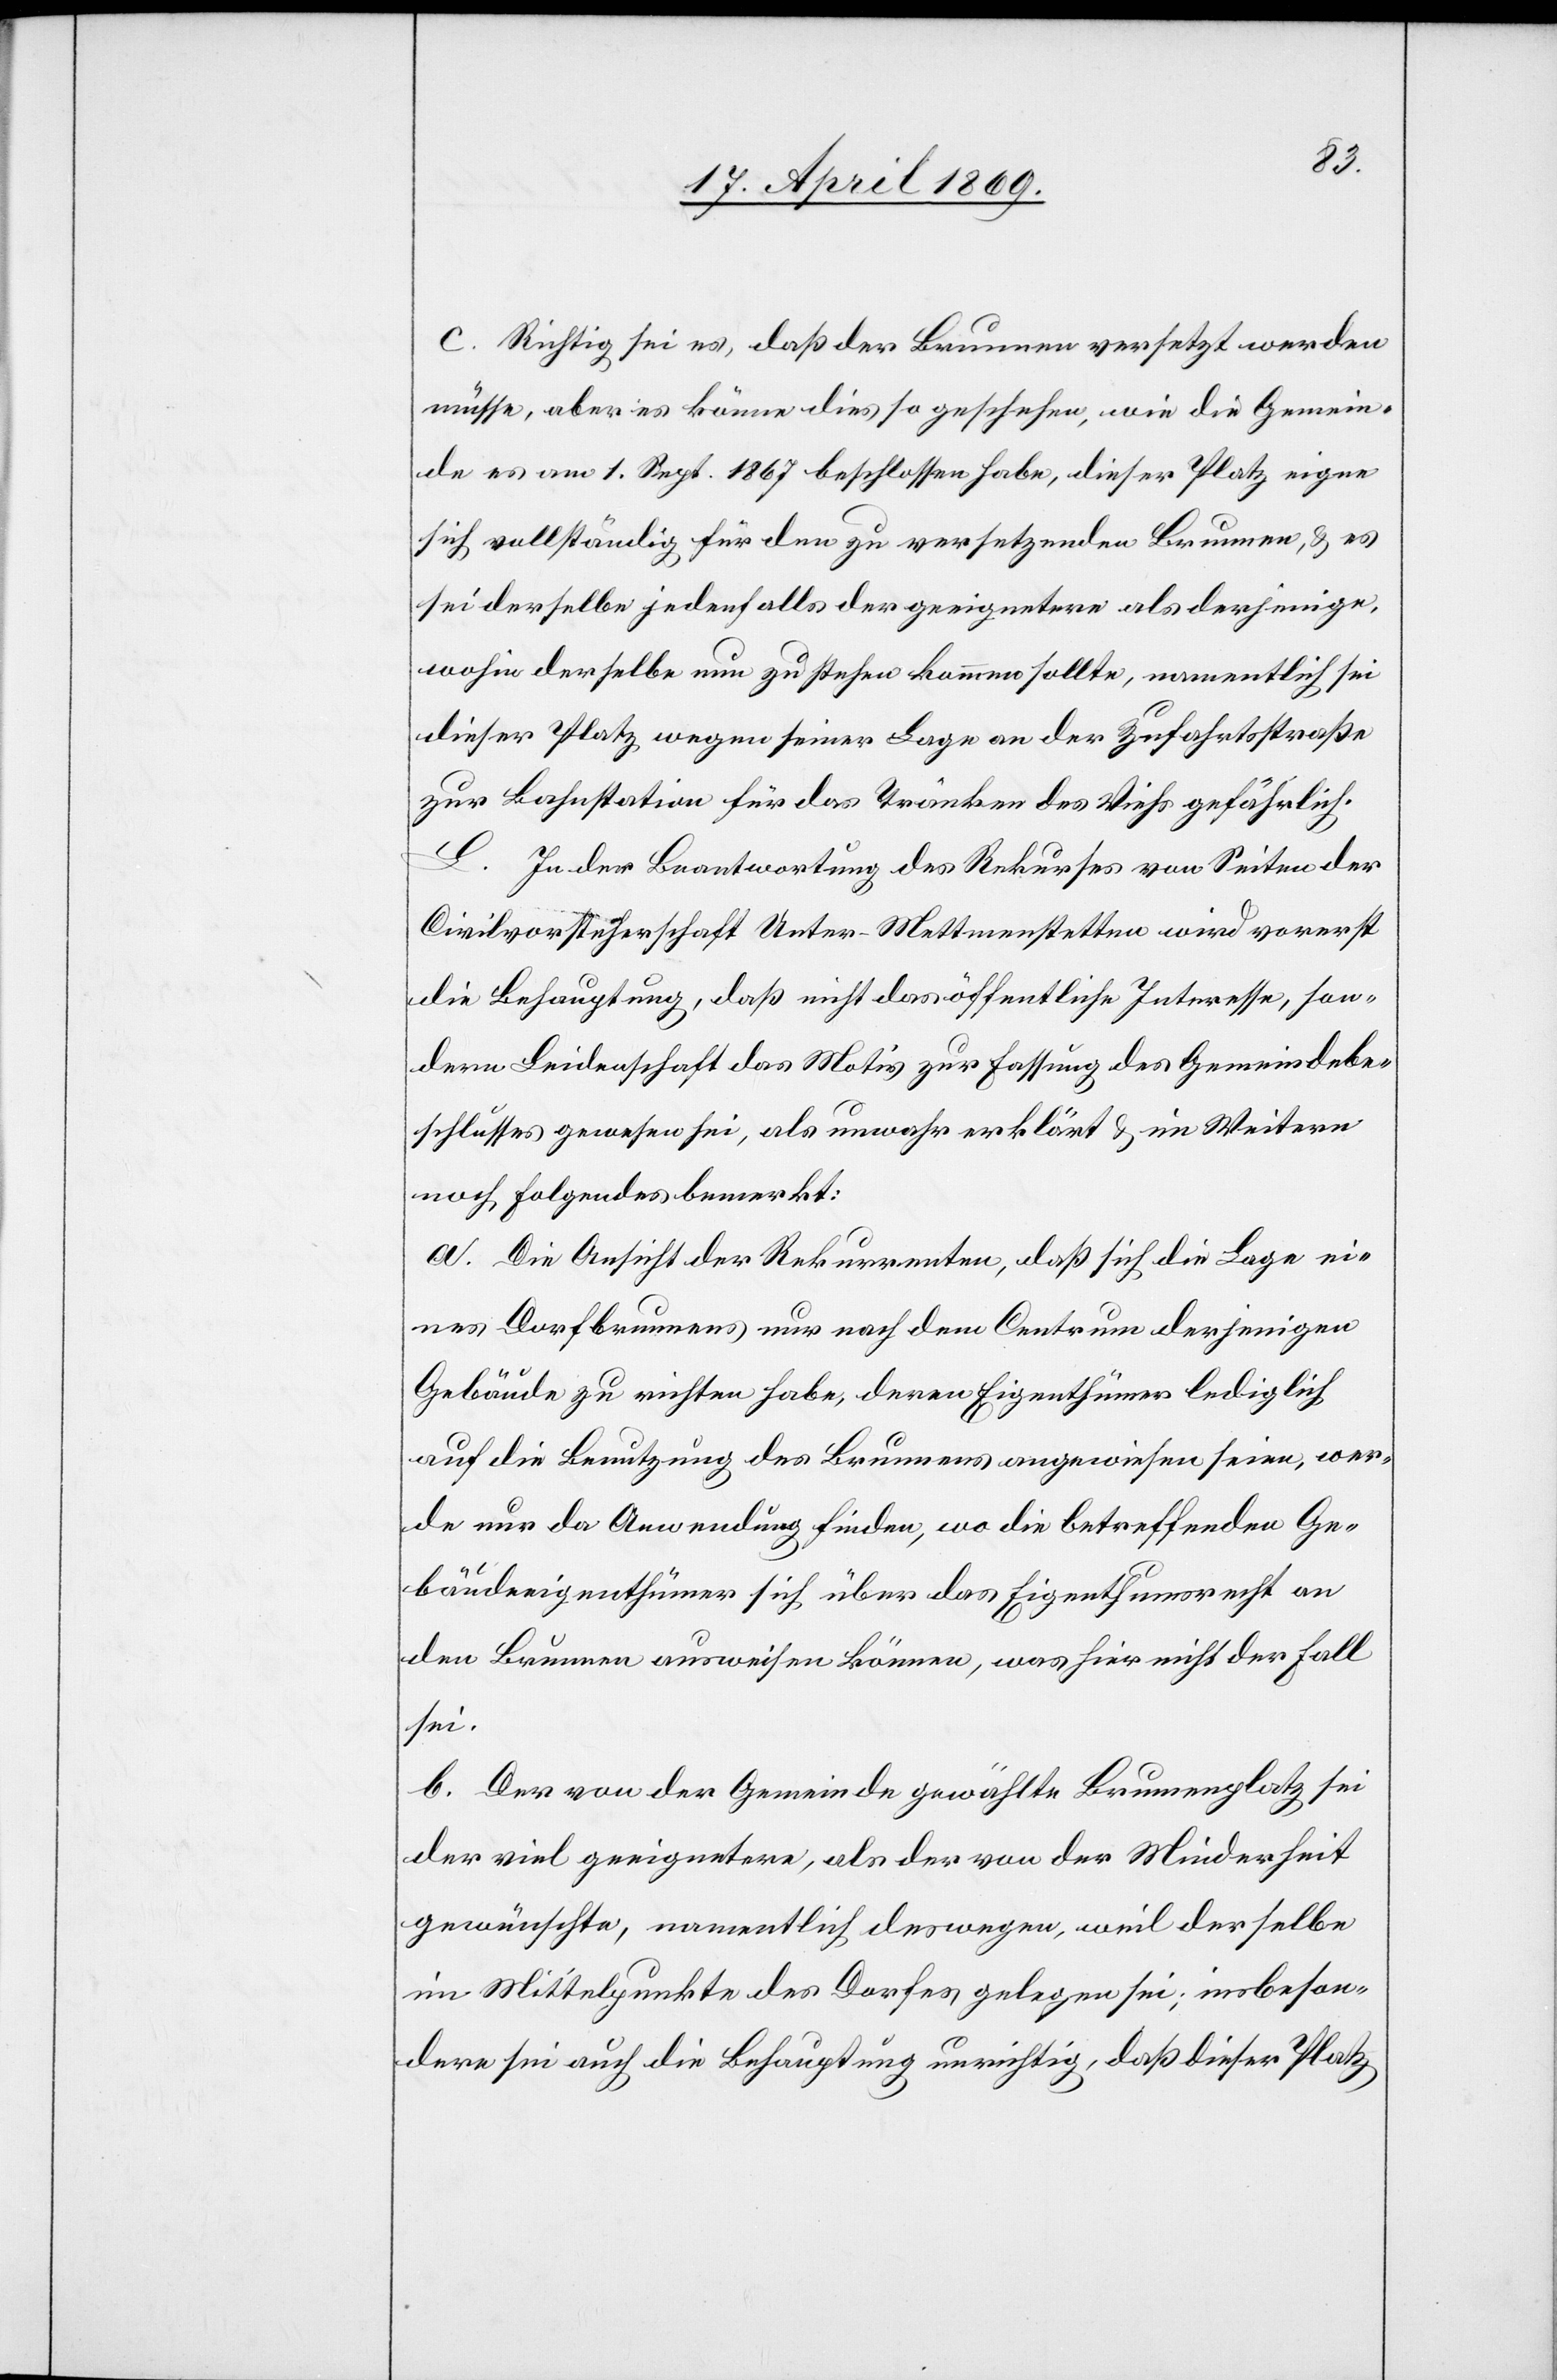
c. Richtig sei es, daß der Brunnen versetzt werden
müsse, aber es könne dies so geschehen, wie die Gemein¬
de es am 1. Sept. 1867 beschlossen habe, dieser Platz eigne
sich vollständig für den zu versetzenden Brunnen, u. es
sei derselbe jedenfalls der geeignetere als derjenige,
wohin derselbe nun zu stehen kommen sollte, namentlich sei
dieser Platz wegen seiner Lage an der Zufahrtsstraße
zur Bahnstation für das Tränken des Viehs gefährlich.
L. In der Beantwortung des Rekurses von Seiten der
Civilvorsteherschaft Unter-Mettmenstetten wird vorerst
die Behauptung, daß nicht das öffentliche Interesse, son¬
dern Leidenschaft das Motiv zur Fassung des Gemeindebe¬
schlusses gewesen sei, als unwahr erklärt u. im Weitern
noch Folgendes bemerkt:
a. Die Ansicht der Rekurrenten, daß sich die Lage ei¬
nes Dorfbrunnes nur nach dem Centrum derjenigen
Gebäude zu richten habe, deren Eigenthümer lediglich
auf die Benutzung des Brunnens angewiesen seien, wer¬
de nur da Anwendung finden, wo die betreffenden Ge¬
bäudeeigenthümer sich über das Eigenthumsrecht an
den Brunnen ausweisen können, was hier nicht der Fall
sei.
b. Der von der Gemeinde gewählte Brunnenplatz sei
der viel geeignetere, als der von der Minderheit
gewünschte, namentlich deswegen, weil derselbe
im Mittelpunkte des Dorfes gelegen sei; insbeson¬
dere sei auch die Behauptung unrichtig, daß dieser Platz